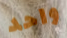
واحد